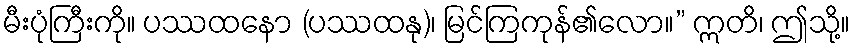
မီးပုံကြီးကို။ ပဿထနော (ပဿထနု)၊ မြင်ကြကုန်၏လော။” ဣတိ၊ ဤသို့။